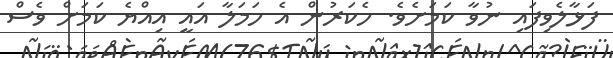
ފަޅާލެވިފައި ނުވާ ކަމަށެވެ. ހެކަރުން އެ ހަމަލާ އައީ އިއްޔެ ކަމަށް ވެސް